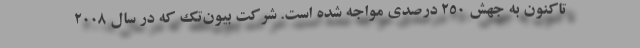
تاکنون به جهش ۲۵۰ درصدی مواجه شده است. شرکت بیون‌تک که در سال ۲۰۰۸